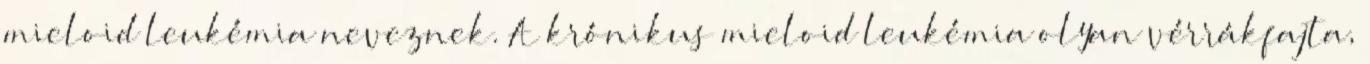
mieloid leukémia neveznek. A krónikus mieloid leukémia olyan vérrákfajta,